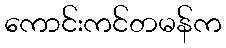
ကောင်းကင်တမန်က